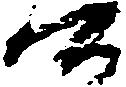
公